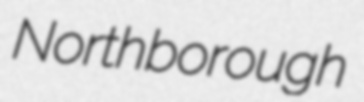
Northborough